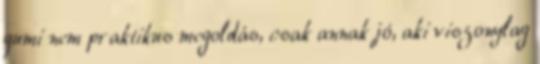
gumi nem praktikus megoldás, csak annak jó, aki viszonylag